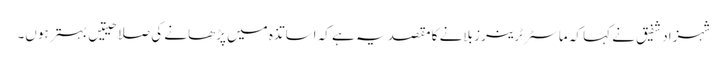
شہزاد شفیق نے کہا کہ ماسٹر ٹرینرز بلانے کا مقصد یہ ہے کہ اساتذہ میں پڑھانے کی صلاحیتیں بہتر ہوں۔